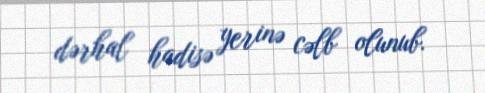
dərhal hadisə yerinə cəlb olunub.